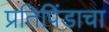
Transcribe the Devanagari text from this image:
प्रतिपिंडाचा